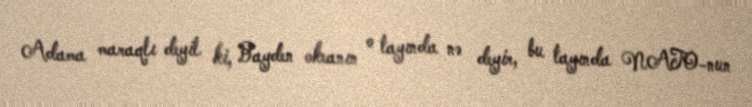
Adama maraqlı deyil ki, Bayden okeanın o tayında nə deyir, bu tayında NATO-nun